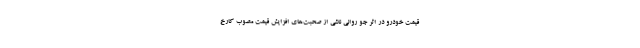
قیمت خودرو در اثر جو روانی ناشی از صحبت‌های افزایش قیمت مصوب کارخ